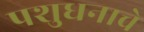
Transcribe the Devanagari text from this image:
पशुधनाचे